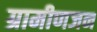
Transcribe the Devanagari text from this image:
ग्रामीणजन